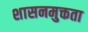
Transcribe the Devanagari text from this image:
शासनमुक्तता